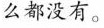
么都没有。